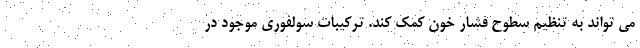
می تواند به تنظیم سطوح فشار خون کمک کند. ترکیبات سولفوری موجود در